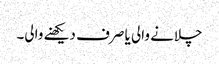
چلانے والی یا صرف دیکھنے والی۔